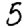
Digit: 5